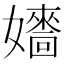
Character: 𡣰